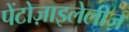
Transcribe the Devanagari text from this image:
पेंटोज़ाइलेलीज़